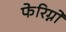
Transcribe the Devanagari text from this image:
फेरिग्नो